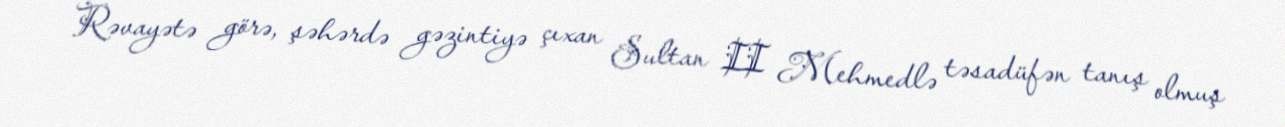
Rəvayətə görə, şəhərdə gəzintiyə çıxan Sultan II Mehmedlə təsadüfən tanış olmuş